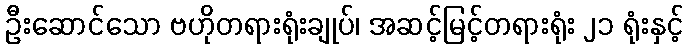
ဦးဆောင်သော ဗဟိုတရားရုံးချုပ်၊ အဆင့်မြင့်တရားရုံး ၂၁ ရုံးနှင့်